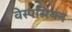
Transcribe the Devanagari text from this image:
वेस्पसियन